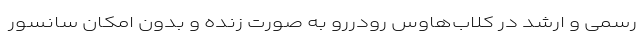
رسمی و ارشد در کلاب‌هاوس رودررو به‌ صورت زنده و بدون امکان سانسور